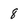
Character: 8